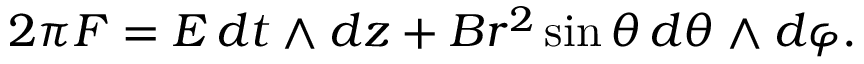
2 \pi F = E \, d t \land d z + B r ^ { 2 } \sin \theta \, d \theta \land d \varphi .